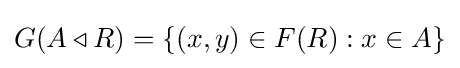
G(A\triangleleft R)=\{(x,y)\in F(R):x\in A\}